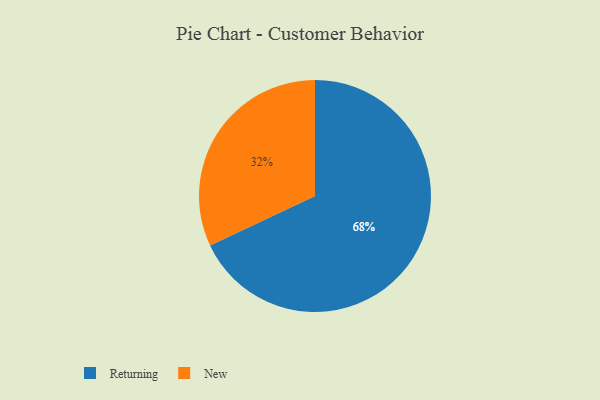
{"axis": {"x": "Category", "y": "Percentage"}, "legend": ["New", "Returning"], "data": [{"x": "New", "y": 32, "type": "New"}, {"x": "Returning", "y": 68, "type": "Returning"}]}